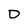
Character: D